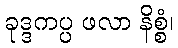
ခုဒ္ဒကပ္ပ ဖလာ နိစ္စံ၊